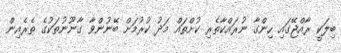
ބިލަކީ ރާއްޖޭގައި ހިންގާ ނުރައްކާތެރި ކުށްތައް މަދު ކުރުމަށް ބޭނުންވާ ގާނޫނުތަކުގެ ތެރެއިން